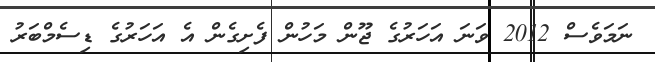
ނަމަވެސް 2012 ވަނަ އަހަރުގެ ޖޫން މަހުން ފެށިގެން އެ އަހަރުގެ ޑިސެމްބަރު